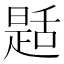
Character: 𦧪